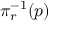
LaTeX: \pi _ { r } ^ { - 1 } ( p )